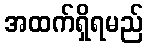
အထက်ရှိရမည်